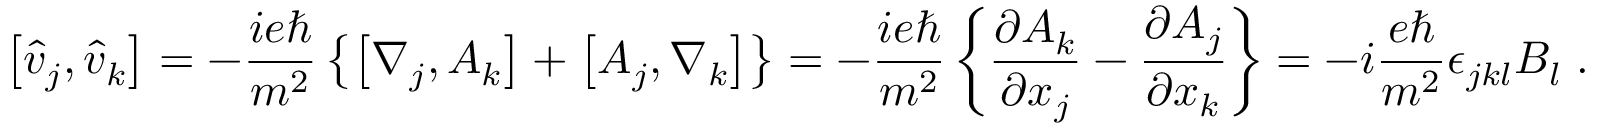
\left[ \hat { v } _ { j } , \hat { v } _ { k } \right] = - \frac { i e \hbar } { m ^ { 2 } } \left\{ \left[ \nabla _ { j } , A _ { k } \right] + \left[ A _ { j } , \nabla _ { k } \right] \right\} = - \frac { i e \hbar } { m ^ { 2 } } \left\{ \frac { \partial A _ { k } } { \partial x _ { j } } - \frac { \partial A _ { j } } { \partial x _ { k } } \right\} = - i \frac { e \hbar } { m ^ { 2 } } \epsilon _ { j k l } B _ { l } \; .